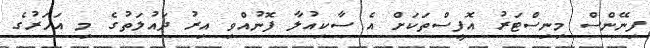
ފިނޭންސް މިނިސްޓަރު އޮފީސްތަކަށް އެ ސާކިއުލާ ފޮނުއްވި އިރު ދައުލަތުގެ މި އަހަރުގެ